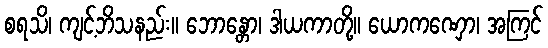
စရသိ၊ ကျင့်ဘိသနည်း။ ဘောန္တော၊ ဒါယကာတို့။ ယောကဏှော၊ အကြင်